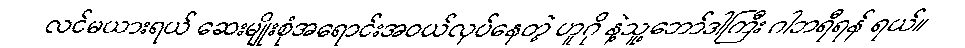
လင်မယားရယ် ဆေးမျိုးစုံအရောင်းအဝယ်လုပ်နေတဲ့ ဟူဂို နဲ့သူ့ဘော်ဒါကြီး ဂါဘရီရန် ရယ်။